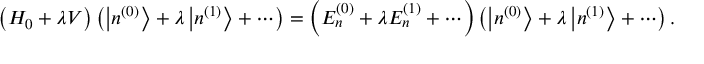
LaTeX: \left( H _ { 0 } + \lambda V \right) \left( \left| n ^ { ( 0 ) } \right\rangle + \lambda \left| n ^ { ( 1 ) } \right\rangle + \cdots \right) = \left( E _ { n } ^ { ( 0 ) } + \lambda E _ { n } ^ { ( 1 ) } + \cdots \right) \left( \left| n ^ { ( 0 ) } \right\rangle + \lambda \left| n ^ { ( 1 ) } \right\rangle + \cdots \right) .